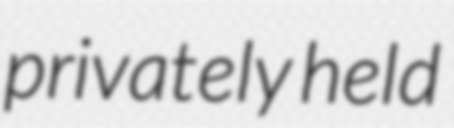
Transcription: privately held